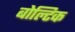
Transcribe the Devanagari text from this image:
बोल्टिक